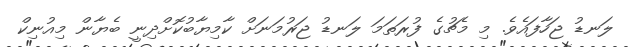
ލަނޑު ޖަހާފައެވެ. މި މެޗުގެ ފުރަތަމަ ލަނޑު ޖަރުމަނަށް ކާމިޔާބުކޮށްދިނީ ބެޔާން މިއުނިކް